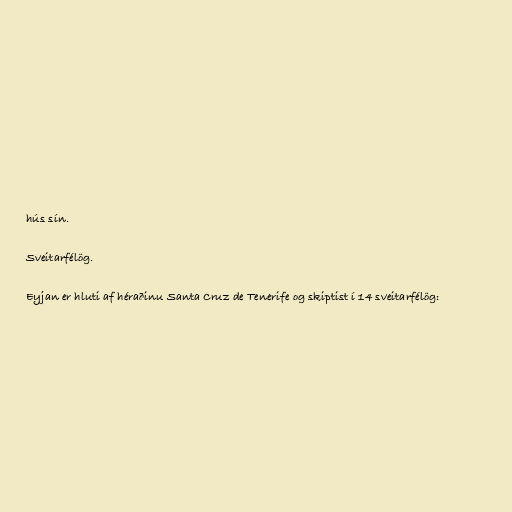
hús sín.

Sveitarfélög.

Eyjan er hluti af héraðinu Santa Cruz de Tenerife og skiptist í 14 sveitarfélög: